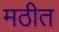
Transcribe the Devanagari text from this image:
मठीत